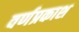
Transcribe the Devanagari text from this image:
वर्णप्रकाश